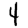
Digit: 4